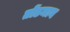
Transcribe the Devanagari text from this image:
तोंडमान